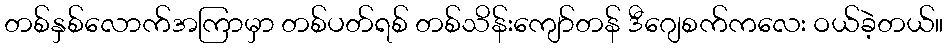
တစ်နှစ်လောက်အကြာမှာ တစ်ပတ်ရစ် တစ်သိန်းကျော်တန် ဒီဂျေစက်ကလေး ဝယ်ခဲ့တယ်။